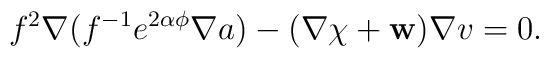
f^2\nabla (f^{-1}e^{2\alpha\phi}\nabla a)-(\nabla\chi +{\bf w})\nabla v=0.